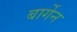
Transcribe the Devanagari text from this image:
बार्गेन